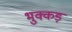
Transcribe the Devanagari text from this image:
भुक्कड़